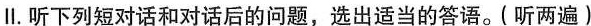
Ⅱ.听下列短对话和对话后的问题,选出适当的答语。( 听两遍）